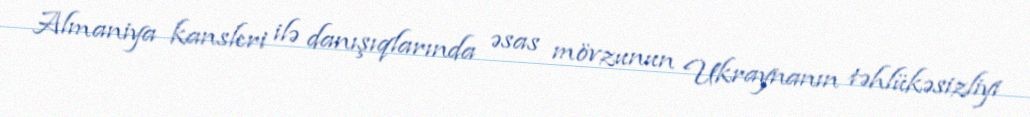
Almaniya kansleri ilə danışıqlarında əsas mövzunun Ukraynanın təhlükəsizliyi